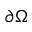
\partial \Omega